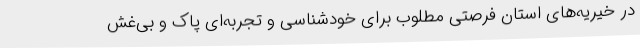
در خیریه‌های استان فرصتی مطلوب برای خودشناسی و تجربه‌ای پاک و بی‌غش